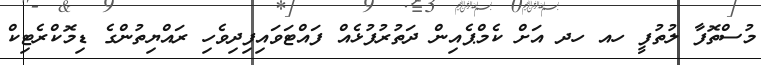
މުސްތޮފާ ލުތުފީ ހއ ހދ އަށް ކެމްޕެއިން ދަތުރުފުޅެއް ފައްޓަވައިފިދިވެހި ރައްޔިތުންގެ ޑިމޮކްރެޓިކް